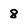
Character: 8